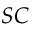
S C